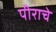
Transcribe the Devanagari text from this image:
पीराचे